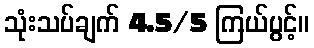
သုံးသပ်ချက် 4.5/5 ကြယ်ပွင့်။